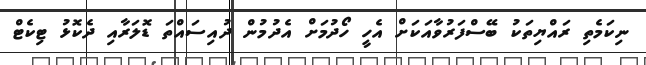
ނިކަމެތި ރައްޔިތަކު ބޭސްފަރުވާއަކަށް އެހީ ހޯދުމަށް އެދުމުން ދުއިސައްތަ ޑޮލަރާއި ދެކޮޅު ޓިކެޓް